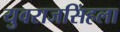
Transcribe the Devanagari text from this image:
युवराजसिंहला